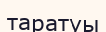
таратуы